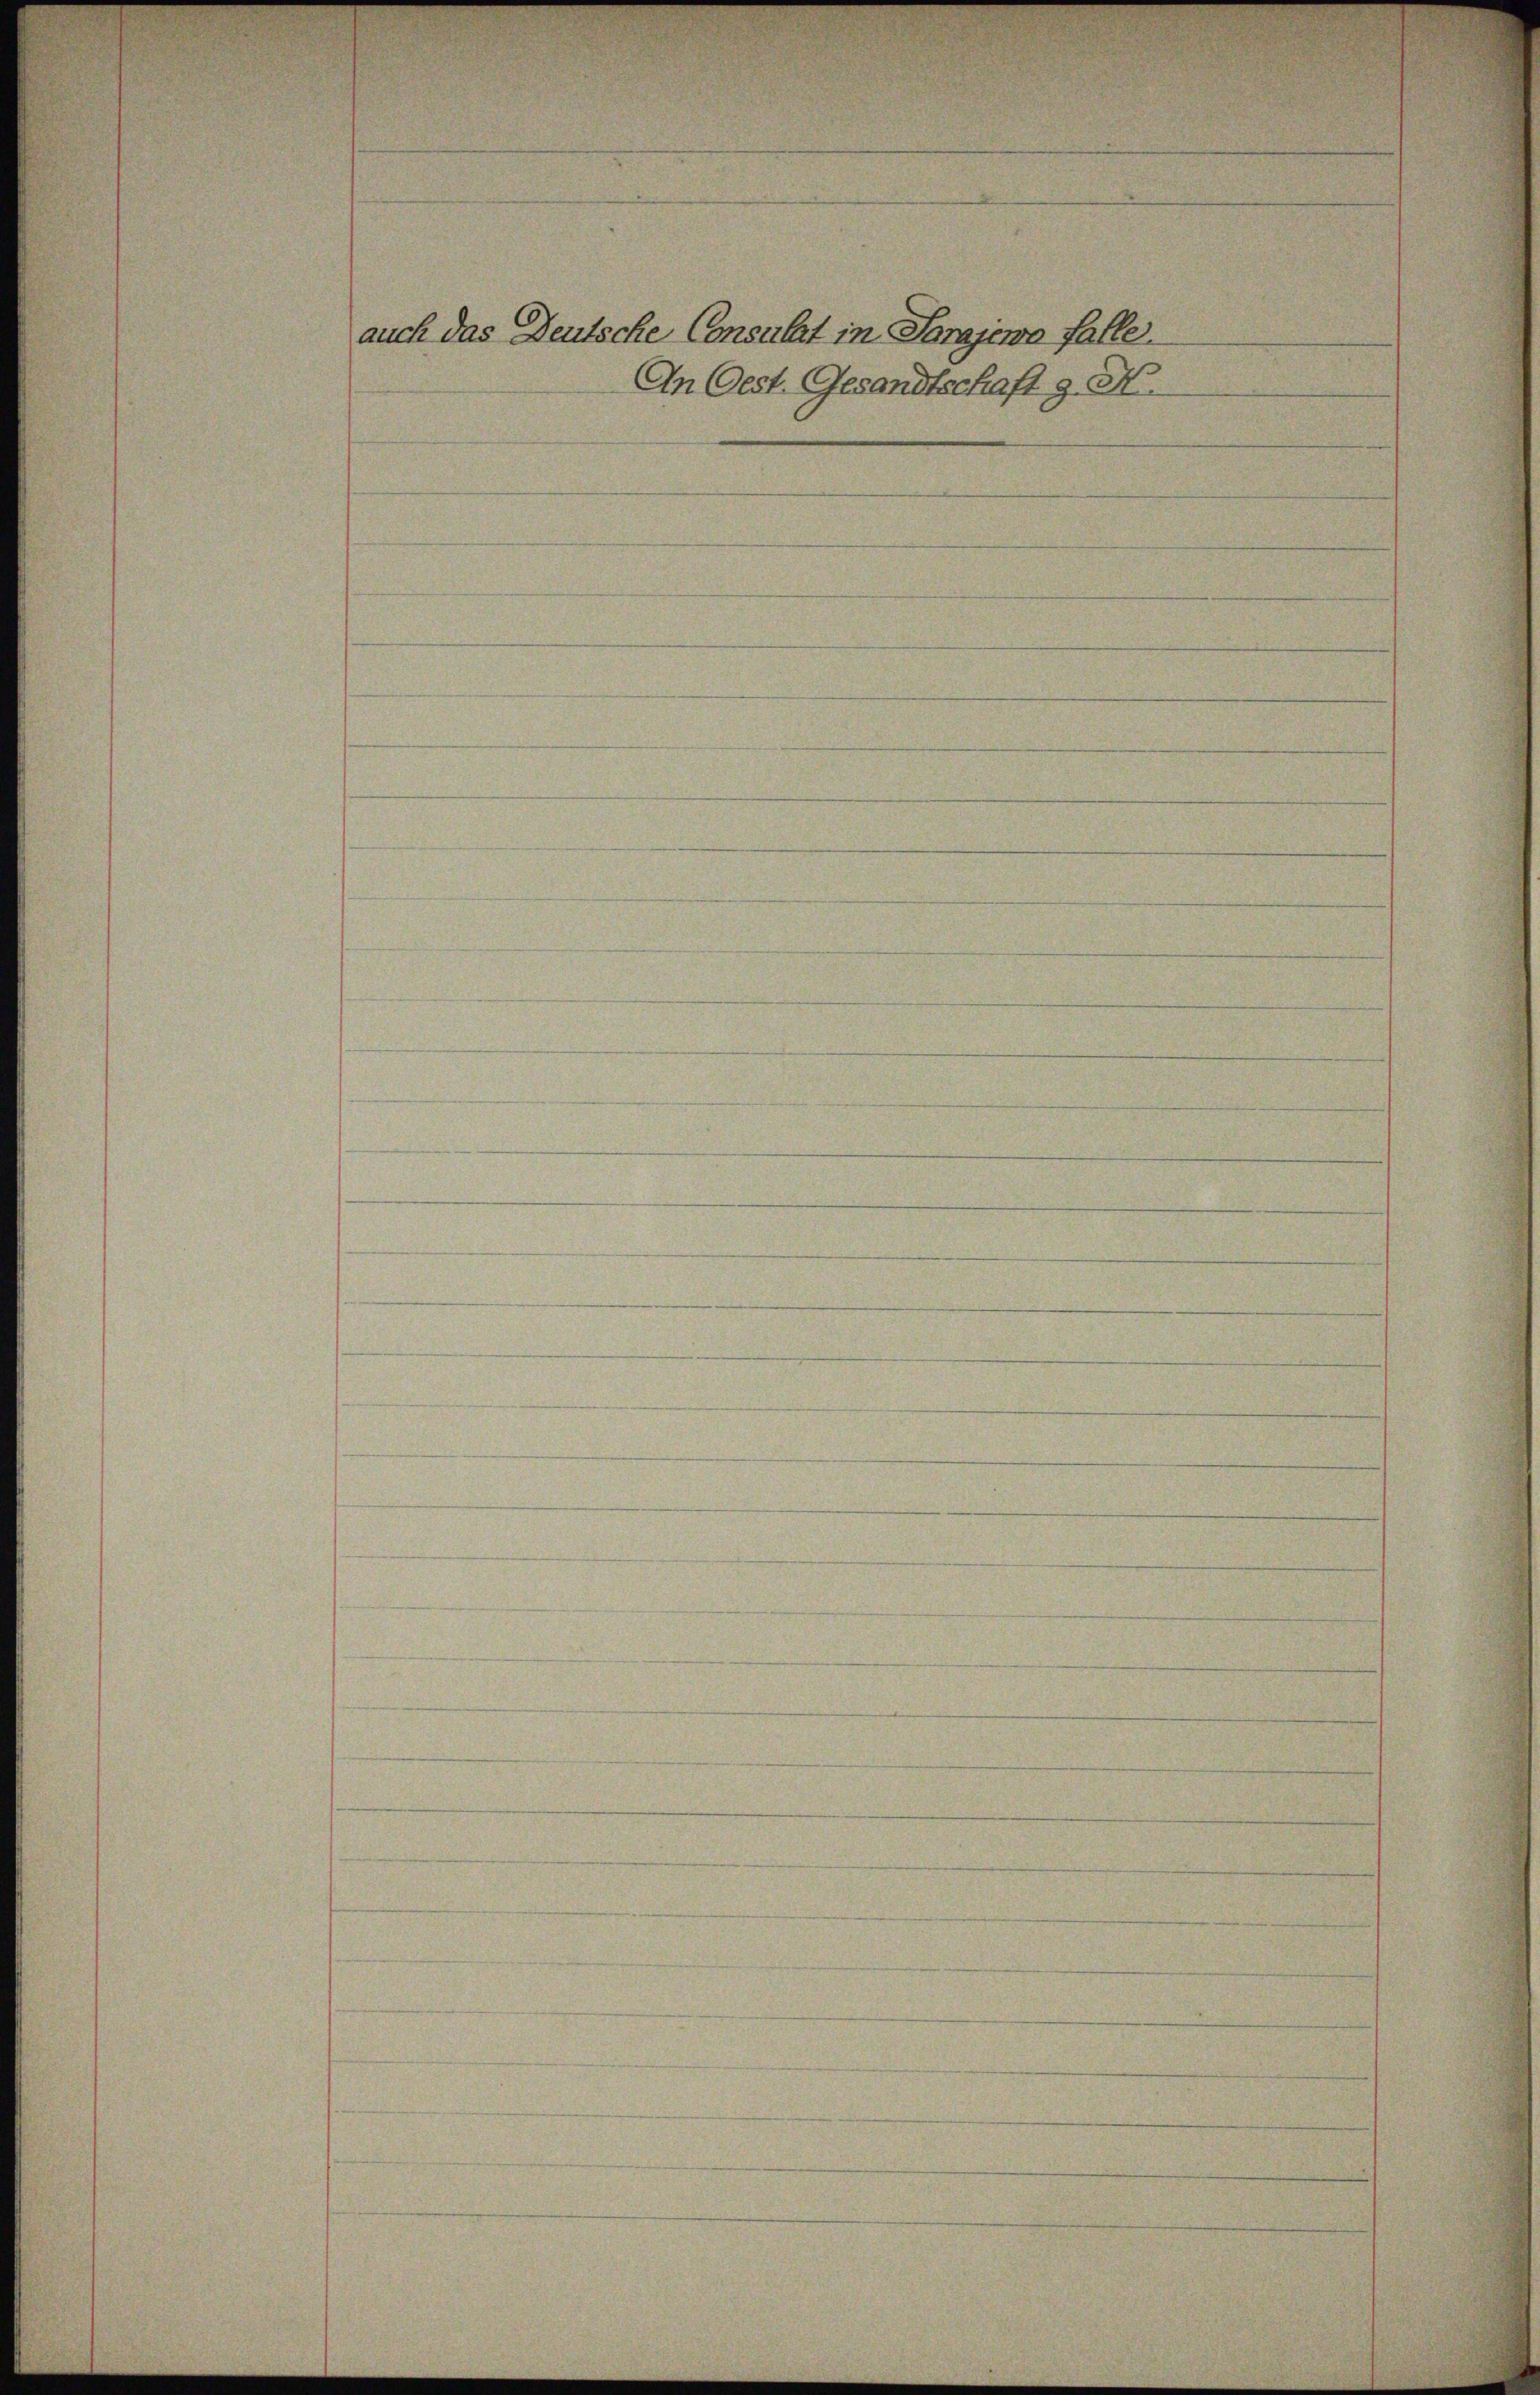
auch das Deutsche Consulat in Sarajewo falle.
An Oest. Gesandtschaft g. N.